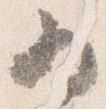
為